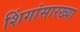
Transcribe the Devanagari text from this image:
शिंगांसारख्या